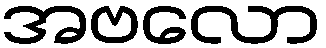
အဗလော